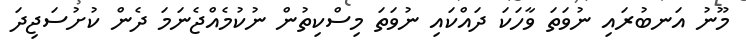
މޫނު އަނބުރައި ނުވަތަ ވާހަކަ ދައްކައި ނުވަތަ މިސްކިތުން ނުކުމެއްޖެނަމަ ދެން ކުށުސަޖިދަ